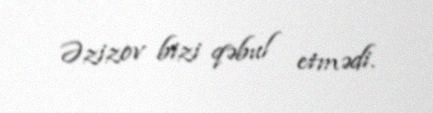
Əzizov bizi qəbul etmədi.